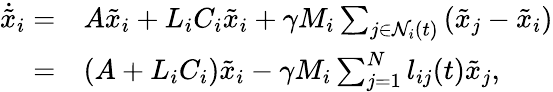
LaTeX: \begin{array}{rl}{\dot{\tilde{x}}_{i}=}&{A\tilde{x}_{i}+L_{i}C_{i}\tilde{x}_{i}+\gamma M_{i}\sum_{j\in\mathcal{N}_{i}(t)}{(\tilde{x}_{j}-\tilde{x}_{i})}}\\ {=}&{(A+L_{i}C_{i})\tilde{x}_{i}-\gamma M_{i}\sum_{j=1}^{N}l_{ij}(t){\tilde{x}_{j}},}\end{array}